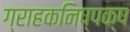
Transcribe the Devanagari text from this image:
ग्राहकनिष्पक्ष